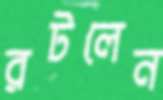
রটলেন